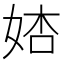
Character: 𡜺